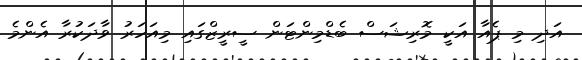
އަދި މި ޕެއާ އަކީ މޮރިޝަސް ބެޑްމިންޓަން ސީރީޒްގައި މިއަހަރު ވާދަކުރާ އެންމެ